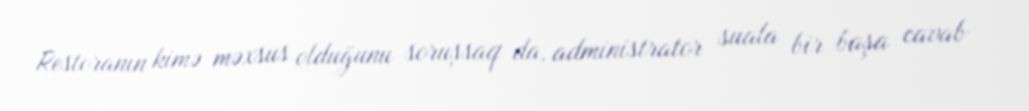
Restoranın kimə məxsus olduğunu soruşsaq da, administrator suala bir başa cavab